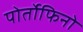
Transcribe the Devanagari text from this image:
पोर्तोफिनो